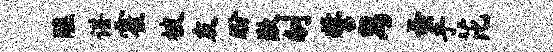
醮谌霍被友盼歉刎誓舄蚤乎芘